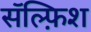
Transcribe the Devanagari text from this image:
सॅल्फ़िश